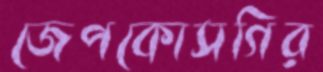
জেপকোসগির